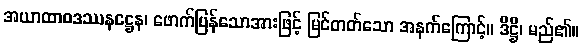
အယာထာဝဒဿနဋ္ဌေန၊ ဖောက်ပြန်သောအားဖြင့် မြင်တတ်သော အနက်ကြောင့်။ ဒိဋ္ဌိ၊ မည်၏။